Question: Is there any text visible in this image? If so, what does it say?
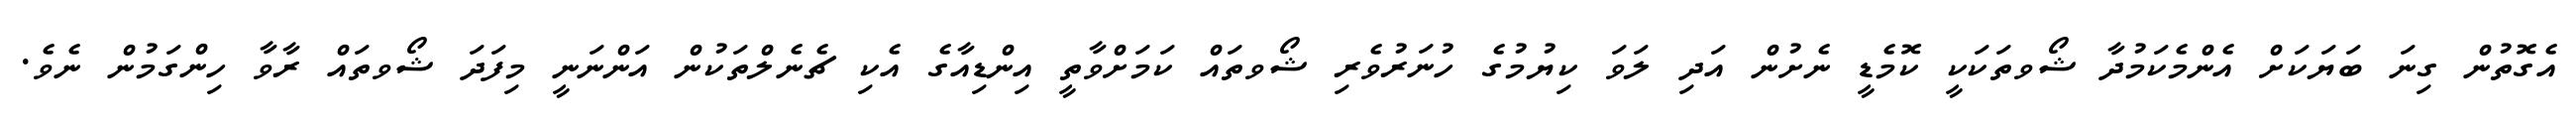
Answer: އެގޮތުން ގިނަ ބަޔަކަށް އެންމެކަމުދާ ޝޯވތަކަކީ ކޮމެޑީ ނެށުން އަދި ލަވަ ކިޔުމުގެ ހުނަރުވެރި ޝޯވތައް ކަމަށްވާތީ އިންޑިއާގެ އެކި ޗެނެލްތަކުން އަންނަނީ މިފަދަ ޝޯވތައް ރާވާ ހިންގަމުން ނެވެ.